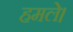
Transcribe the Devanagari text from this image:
हमले।